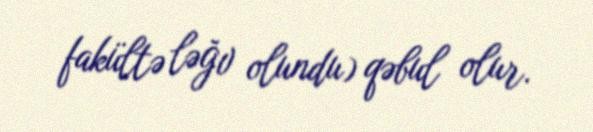
fakültə ləğv olundu) qəbul olur.